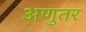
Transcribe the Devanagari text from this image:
अणुतर